Insane asylums in Bengal annual reports 1876-1887 - 1876-1887
Year: 1876
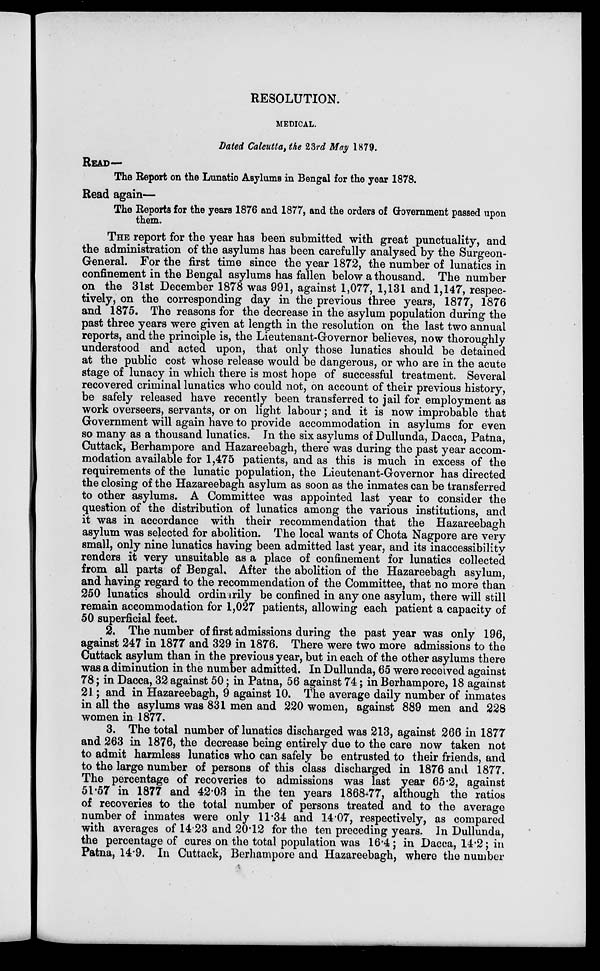
RESOLUTION.
MEDICAL.
Dated Calcutta, the 23rd May 1879.
READ—
The Report on the Lunatic Asylums in Bengal for the year 1878.
Read again—
The Reports for the years 1876 and 1877, and the orders of Government passed upon
them.
THE report for the year has been submitted with great punctuality, and
the administration of the asylums has been carefully analysed by the Surgeon-
General. For the first time since the year 1872, the number of lunatics in
confinement in the Bengal asylums has fallen below a thousand. The number
on the 31st December 1878 was 991, against 1,077, 1,131 and 1,147, respec-
tively, on the corresponding day in the previous three years, 1877, 1876
and 1875. The reasons for the decrease in the asylum population during the
past three years were given at length in the resolution on the last two annual
reports, and the principle is, the Lieutenant-Governor believes, now thoroughly
understood and acted upon, that only those lunatics should be detained
at the public cost whose release would be dangerous, or who are in the acute
stage of lunacy in which there is most hope of successful treatment. Several
recovered criminal lunatics who could not, on account of their previous history,
be safely released have recently been transferred to jail for employment as
work overseers, servants, or on light labour; and it is now improbable that
Government will again have to provide accommodation in asylums for even
so many as a thousand lunatics. In the six asylums of Dullunda, Dacca, Patna,
Cuttack, Berhampore and Hazareebagh, there was during the past year accom-
modation available for 1,475 patients, and as this is much in excess of the
requirements of the lunatic population, the Lieutenant-Governor has directed
the closing of the Hazareebagh asylum as soon as the inmates can be transferred
to other asylums. A Committee was appointed last year to consider the
question of the distribution of lunatics among the various institutions, and
it was in accordance with their recommendation that the Hazareebagh
asylum was selected for abolition. The local wants of Chota Nagpore are very
small, only nine lunatics having been admitted last year, and its inaccessibility
renders it very unsuitable as a place of confinement for lunatics collected
from all parts of Bengal. After the abolition of the Hazareebagh asylum,
and having regard to the recommendation of the Committee, that no more than
250 lunatics should ordinarily be confined in any one asylum, there will still
remain accommodation for 1,027 patients, allowing each patient a capacity of
50 superficial feet.
2. The number of first admissions during the past year was only 196,
against 247 in 1877 and 329 in 1876. There were two more admissions to the
Cuttack asylum than in the previous year, but in each of the other asylums there
was a diminution in the number admitted. In Dullunda, 65 were received against
78; in Dacca, 32 against 50; in Patna, 56 against 74; in Berhampore, 18 against
21; and in Hazareebagh, 9 against 10. The average daily number of inmates
in all the asylums was 831 men and 220 women, against 889 men and 228
women in 1877.
3. The total number of lunatics discharged was 213, against 266 in 1877
and 263 in 1876, the decrease being entirely due to the care now taken not
to admit harmless lunatics who can safely be entrusted to their friends, and
to the large number of persons of this class discharged in 1876 and 1877.
The percentage of recoveries to admissions was last year 65.2, against
51.57 in 1877 and 42.03 in the ten years 1868-77, although the ratios
of recoveries to the total number of persons treated and to the average
number of inmates were only 11.34 and 14.07, respectively, as compared
with averages of 14.23 and 20.12 for the ten preceding years. In Dullunda,
the percentage of cures on the total population was 16.4; in Dacca, 14.2; in
Patna, 14.9. In Cuttack, Berhampore and Hazareebagh, where the number